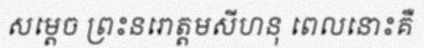
សម្តេច ព្រះនរោត្តមសីហនុ ពេលនោះគឺ